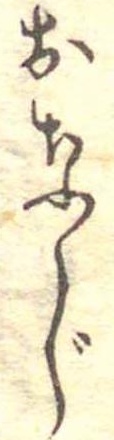
おなじ